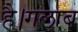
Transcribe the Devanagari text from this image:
है।गलाब